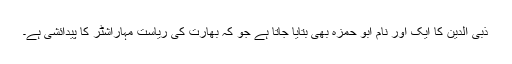
ذبی الدین کا ایک اور نام ابو حمزہ بھی بتایا جاتا ہے جو کہ بھارت کی ریاست مہاراشٹر کا پیدائشی ہے۔